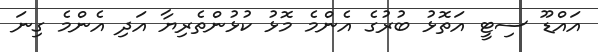
އައްޑޫ ސިޓީ އަތޮޅު ބުރުގެ އެންމެ މޮޅު ކުޅުންތެރިޔާ އަދި އެންމެ ގިނަ